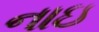
નાઇ